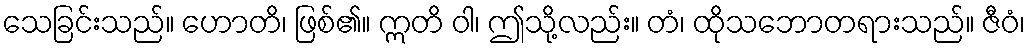
သေခြင်းသည်။ ဟောတိ၊ ဖြစ်၏။ ဣတိ ဝါ၊ ဤသို့လည်း။ တံ၊ ထိုသဘောတရားသည်။ ဇီဝံ၊